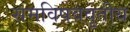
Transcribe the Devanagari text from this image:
समविषववृतीय